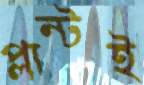
প্লান্টই